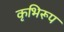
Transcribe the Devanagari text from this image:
कृभिरूप